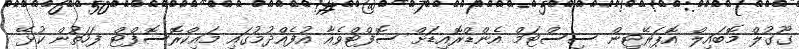
ގޫގުލް މޮބައިލް އޮޕަރޭޓިން ސިސްޓަމް އެންޑްރޮއިޑަށް ސޮފްޓްވެއާ އުފެއްދުމުގައި މައިކްރޮސޮފްޓް ފަހަތުން ކުޅޭ